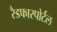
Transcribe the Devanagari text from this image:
रैडफारपोर्टल